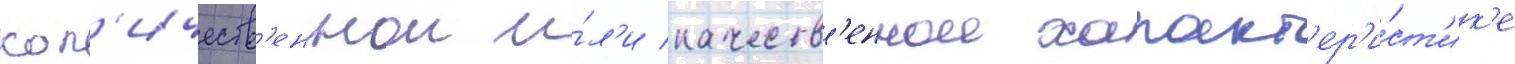
кол'ичеств'еннои и́л'и качеств'еннои характ'ер'и́ст'ик'е